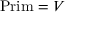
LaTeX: { \mathrm { P r i m } } = V \,